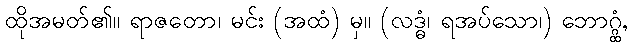
ထိုအမတ်၏။ ရာဇတော၊ မင်း (အထံ) မှ။ (လဒ္ဓံ၊ ရအပ်သော၊) ဘောဂ္ဂ္ထံ,